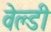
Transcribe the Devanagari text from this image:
वेल्डी